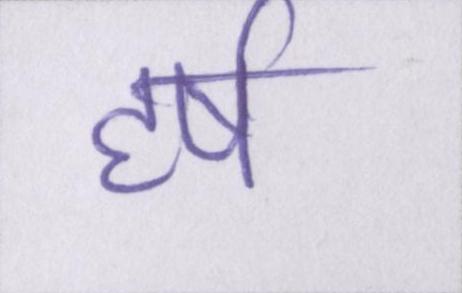
हर्ष